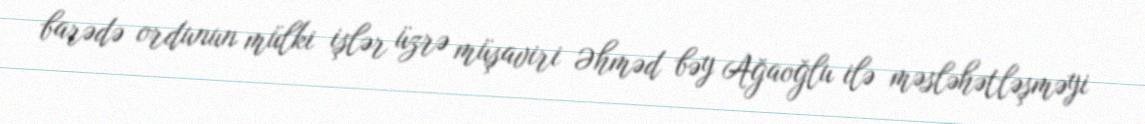
barədə ordunun mülki işlər üzrə müşaviri Əhməd bəy Ağaoğlu ilə məsləhətləşməyi